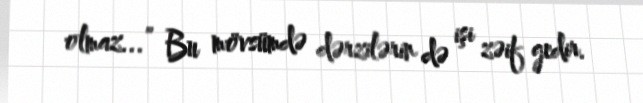
olmaz...” Bu mövsümdə dərzilərin də işi zəif gedir.